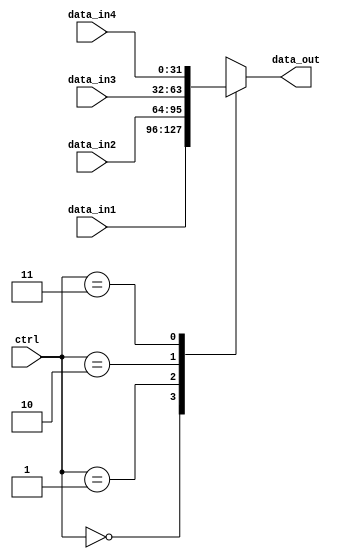
`timescale 1ns / 1ps
//////////////////////////////////////////////////////////////////////////////////
// Company: 
// Engineer: 
// 
// Design Name: 
// Module Name:    dataselect_32_bit 
// Project Name: 
// Target Devices: 
// Tool versions: 
// Description: 
//
// Dependencies: 
//
// Revision: 
// Revision 0.01 - File Created
// Additional Comments: 
//
//////////////////////////////////////////////////////////////////////////////////
module dataselect_32_bit_4data(data_in1, data_in2,data_in3,data_in4, ctrl, data_out);
  input [31:0] data_in1, data_in2,data_in3,data_in4;
  input [1:0]ctrl; //
  output reg [31:0] data_out;

	always@(*)
	begin
		case(ctrl)
				2'b00:data_out = data_in1;
				2'b01:data_out = data_in2;
				2'b10:data_out = data_in3;
				2'b11:data_out = data_in4;	
		endcase
	end
  
  
endmodule